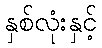
နှစ်လုံးနှင့်